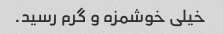
خیلی خوشمزه و گرم رسید.